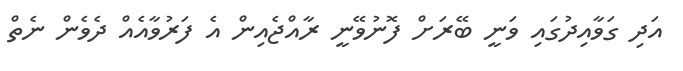
އަދި ގަވާއިދުގައި ވަނީ ބޭރަށް ފޮނުވޭނީ ރާއްޖެއިން އެ ފަރުވާއެއް ދެވެން ނެތް